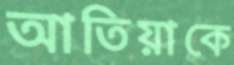
আতিয়াকে